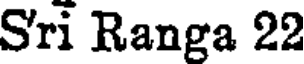
Sri Ranga 22